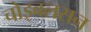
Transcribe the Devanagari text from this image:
चोइबलसन